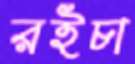
রইচা